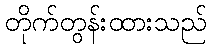
တိုက်တွန်းထားသည်